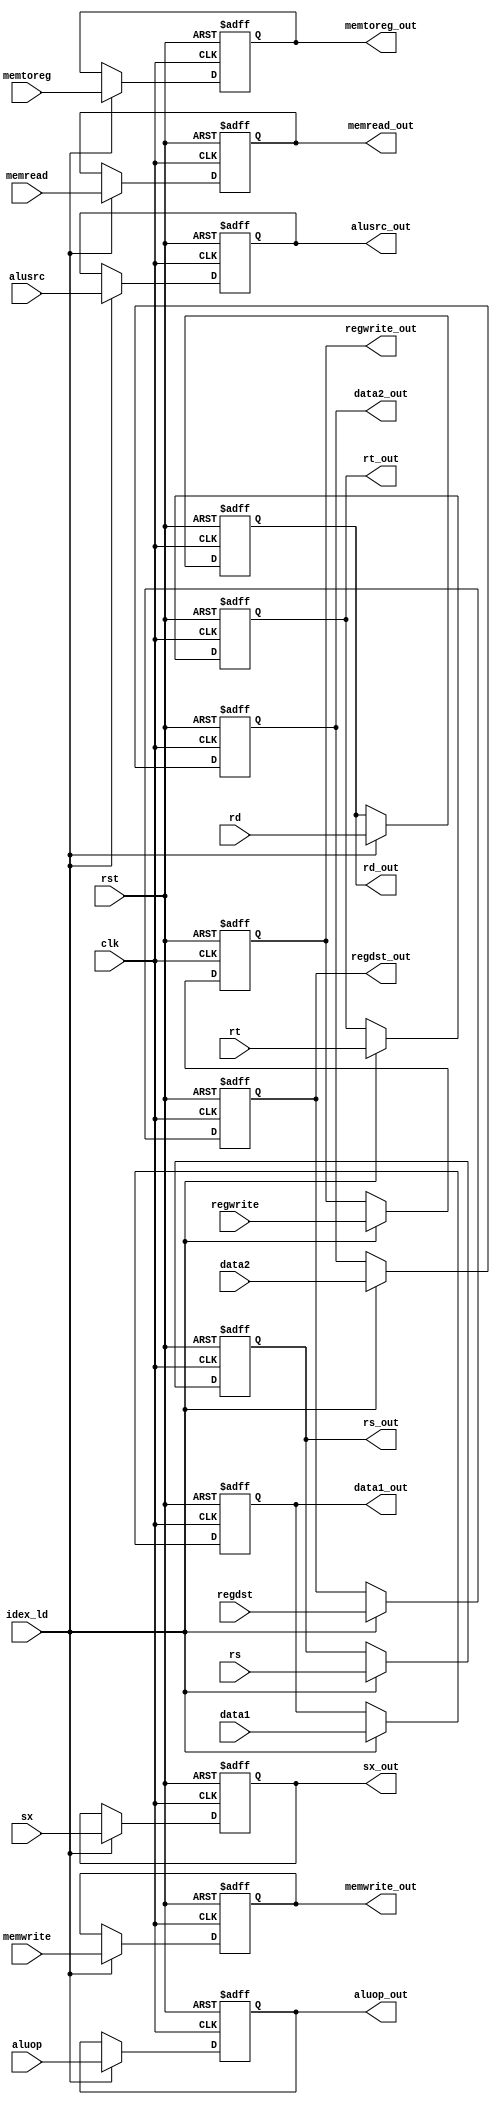
module idex(aluop,alusrc,regdst,memwrite,memread,memtoreg,regwrite,data1,data2,
            sx,rt,rd,rs,clk,rst,idex_ld,aluop_out,alusrc_out,regdst_out,memwrite_out,
            memread_out,memtoreg_out,regwrite_out,data1_out,data2_out,sx_out,
            rt_out,rd_out,rs_out);
  
  input clk,rst,idex_ld,alusrc,regdst,memwrite,memread,memtoreg,regwrite;
  input [31:0] data1,data2,sx;
  input [2:0] aluop;
  input [4:0] rt,rd,rs;
  output [31:0] data1_out,data2_out,sx_out;
  output [2:0] aluop_out;
  output [4:0] rt_out,rd_out,rs_out;
  output alusrc_out,regdst_out,memwrite_out,memread_out,memtoreg_out,regwrite_out;
  reg [31:0] data1_out,data2_out,sx_out;
  reg [2:0] aluop_out;
  reg [4:0] rt_out,rd_out,rs_out;
  reg alusrc_out,regdst_out,memwrite_out,memread_out,memtoreg_out,regwrite_out;
  
  always @(posedge clk,posedge rst)
  begin
    if (rst == 1'b1) begin
      data1_out = 32'b0;
      data2_out = 32'b0;
      sx_out = 32'b0;
      aluop_out = 3'b0;
      rt_out = 5'b0;
      rs_out = 5'b0;
      rd_out = 5'b0;
      {alusrc_out,regdst_out,memwrite_out,memread_out,memtoreg_out,
      regwrite_out} = 6'b0;
    end
    else if (idex_ld == 1'b1) begin
      data1_out = data1;
      data2_out = data2;
      sx_out = sx;
      aluop_out = aluop;
      rt_out = rt;
      rs_out = rs;
      rd_out = rd;
      alusrc_out = alusrc;
      regdst_out = regdst;
      memwrite_out = memwrite;
      memread_out = memread;
      memtoreg_out = memtoreg;
      regwrite_out = regwrite;

    end
  end  
endmodule